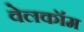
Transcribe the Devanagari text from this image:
वेलकॉम